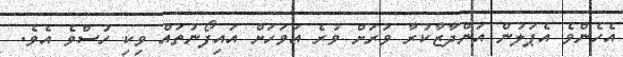
އެހެންވެ އެޕަލުން އަންދާޒާކުރާ ވަރަށް ވުރެ އަވަހަށް އައިފޯނުތައް ވިކި ހުސްވެ އެވެ.